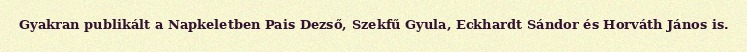
Gyakran publikált a Napkeletben Pais Dezső, Szekfű Gyula, Eckhardt Sándor és Horváth János is.